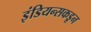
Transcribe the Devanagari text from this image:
इंडियन्सकडून